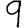
Digit: 9